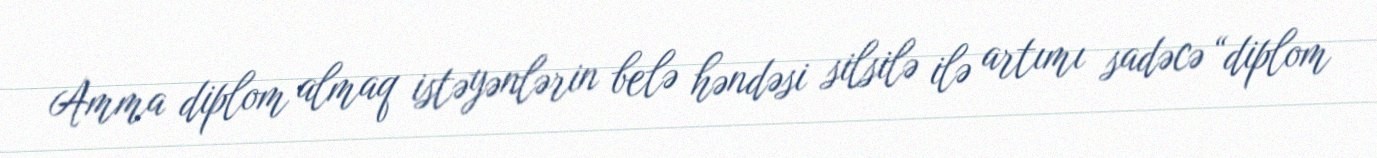
Amma diplom almaq istəyənlərin belə həndəsi silsilə ilə artımı sadəcə “diplom